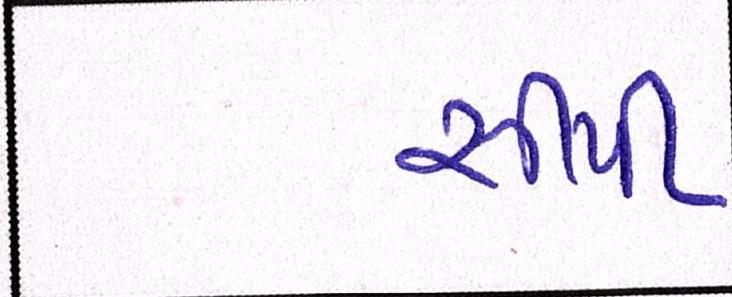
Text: સીપી